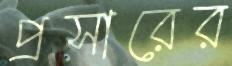
প্রসারের